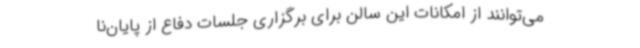
می‌توانند از امکانات این سالن برای برگزاری جلسات دفاع از پایان‌نا